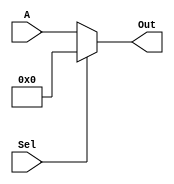
module Mux8Bit #(parameter WIDTH = 8)(
input [WIDTH-1:0] A,
input Sel,
output reg [WIDTH-1:0] Out);

always@(*)
    if(Sel)
        Out <= {WIDTH{1'b0}};
    else
        Out <= A;
endmodule